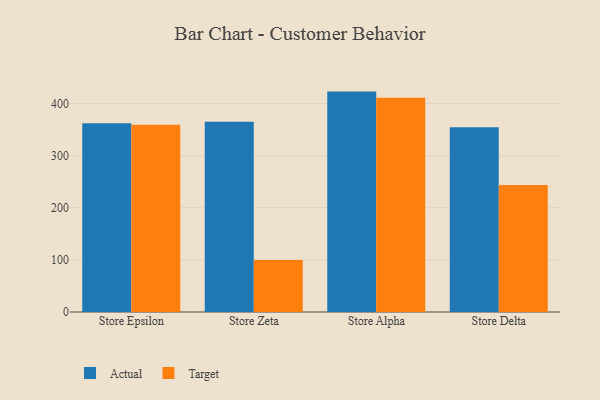
{"axis": {"x": "Store", "y": "Operating Costs (USD K)"}, "legend": ["Actual", "Target"], "data": [{"x": "Store Epsilon", "y": 362.0, "type": "Actual"}, {"x": "Store Epsilon", "y": 359.4, "type": "Target"}, {"x": "Store Zeta", "y": 365.1, "type": "Actual"}, {"x": "Store Zeta", "y": 99.6, "type": "Target"}, {"x": "Store Alpha", "y": 422.9, "type": "Actual"}, {"x": "Store Alpha", "y": 411.2, "type": "Target"}, {"x": "Store Delta", "y": 354.6, "type": "Actual"}, {"x": "Store Delta", "y": 243.7, "type": "Target"}]}